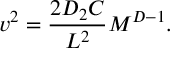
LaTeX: v ^ { 2 } = { \frac { 2 D _ { 2 } C } { L ^ { 2 } } } M ^ { D - 1 } .